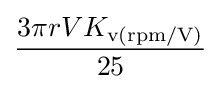
{\frac {3\pi rVK_{\text{v(rpm/V)}}}{25}}